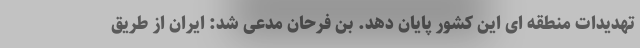
تهدیدات منطقه ای این کشور پایان دهد. بن فرحان مدعی شد: ایران از طریق